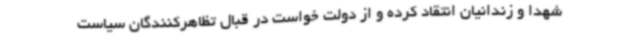
شهدا و زندانیان انتقاد کرده و از دولت خواست در قبال تظاهرکنندگان سیاست